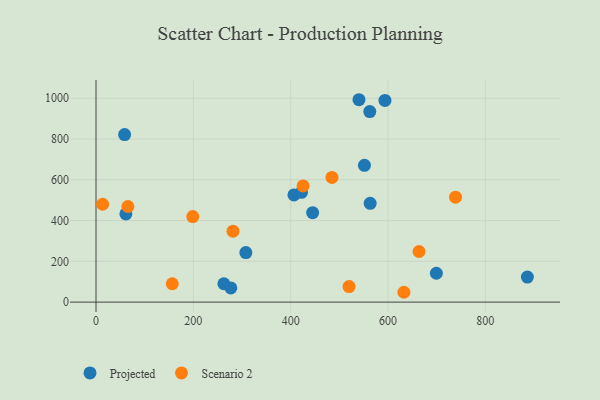
{"axis": {"x": "Investment", "y": "Salary"}, "legend": ["Projected", "Scenario 2"], "data": [{"x": "886.3", "y": 122.6, "type": "Projected"}, {"x": "445.1", "y": 438.8, "type": "Projected"}, {"x": "262.7", "y": 89.9, "type": "Projected"}, {"x": "551.5", "y": 671.0, "type": "Projected"}, {"x": "58.8", "y": 821.6, "type": "Projected"}, {"x": "562.5", "y": 934.4, "type": "Projected"}, {"x": "61.4", "y": 432.3, "type": "Projected"}, {"x": "699.3", "y": 141.4, "type": "Projected"}, {"x": "277.0", "y": 69.3, "type": "Projected"}, {"x": "563.3", "y": 484.7, "type": "Projected"}, {"x": "422.1", "y": 538.6, "type": "Projected"}, {"x": "406.7", "y": 525.5, "type": "Projected"}, {"x": "307.9", "y": 242.7, "type": "Projected"}, {"x": "593.7", "y": 989.1, "type": "Projected"}, {"x": "540.3", "y": 992.7, "type": "Projected"}, {"x": "13.6", "y": 480.0, "type": "Scenario 2"}, {"x": "484.8", "y": 611.6, "type": "Scenario 2"}, {"x": "65.5", "y": 468.9, "type": "Scenario 2"}, {"x": "632.6", "y": 48.2, "type": "Scenario 2"}, {"x": "425.4", "y": 570.1, "type": "Scenario 2"}, {"x": "738.7", "y": 514.9, "type": "Scenario 2"}, {"x": "519.9", "y": 76.0, "type": "Scenario 2"}, {"x": "663.7", "y": 248.3, "type": "Scenario 2"}, {"x": "198.8", "y": 419.5, "type": "Scenario 2"}, {"x": "281.5", "y": 347.8, "type": "Scenario 2"}, {"x": "156.7", "y": 90.1, "type": "Scenario 2"}]}